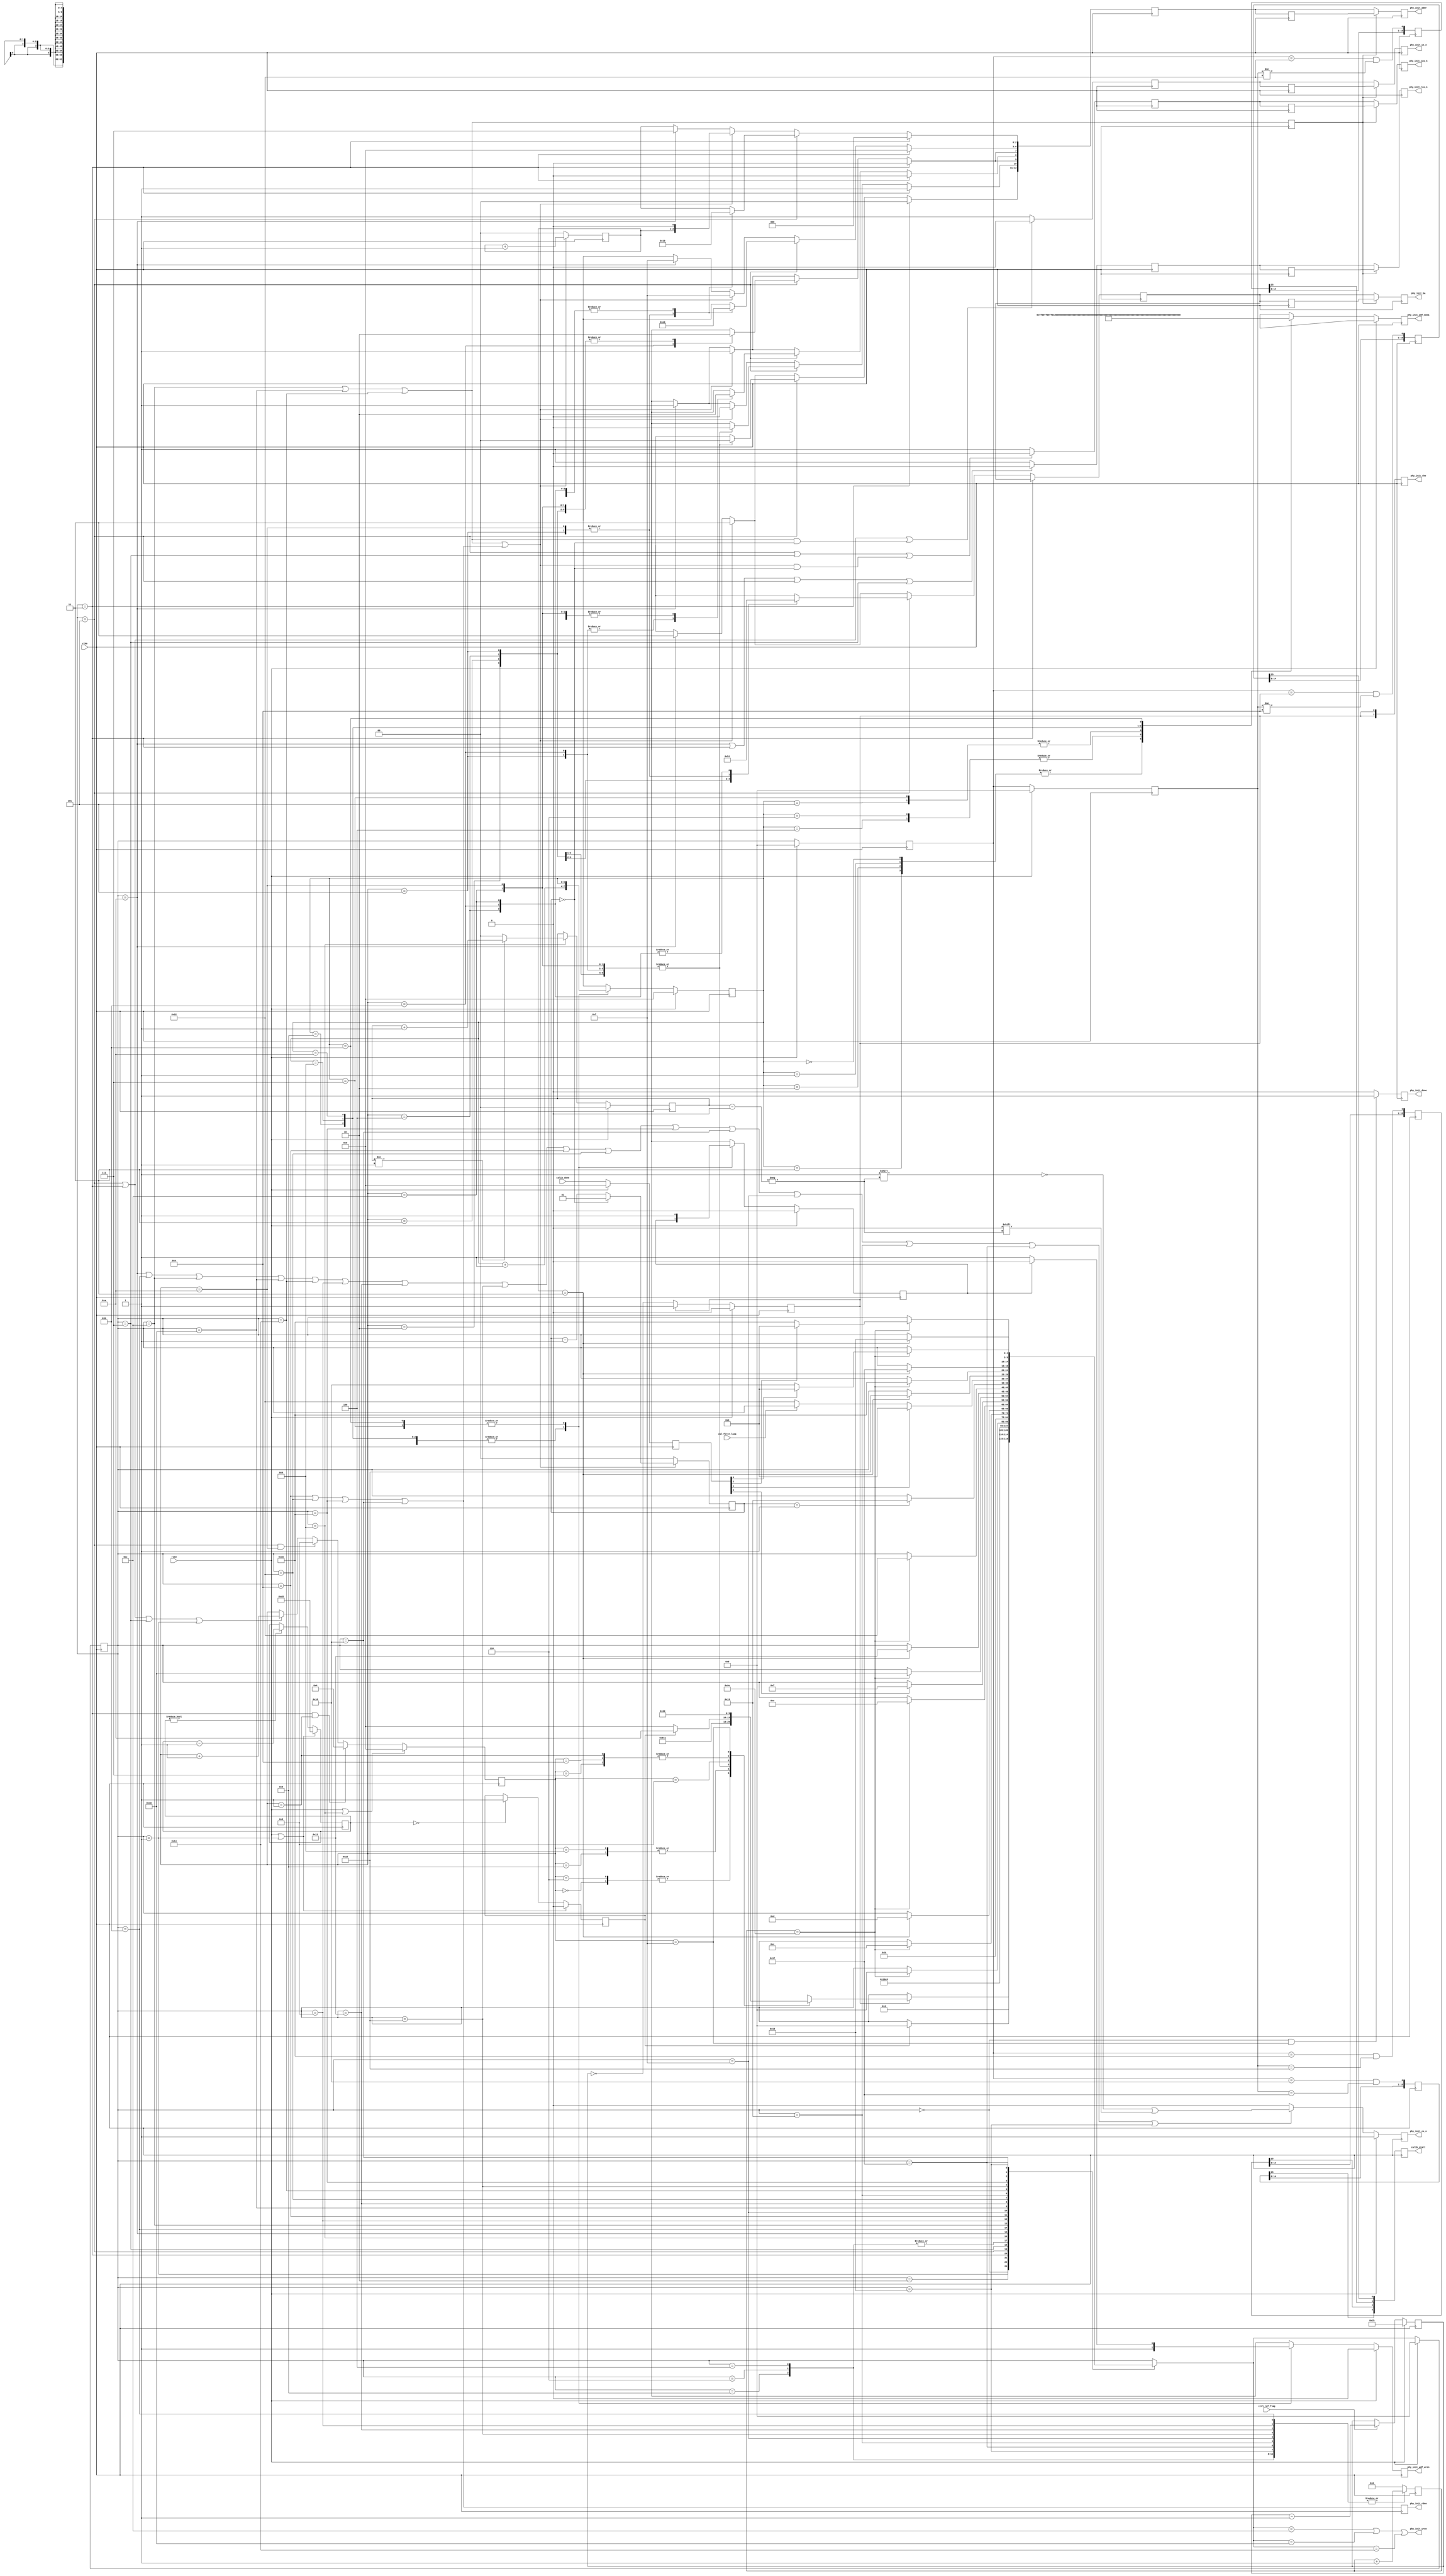
//-----------------------------------------------------------------------------
//-- (c) Copyright 2006 - 2009 Xilinx, Inc. All rights reserved.
//--
//-- This file contains confidential and proprietary information
//-- of Xilinx, Inc. and is protected under U.S. and
//-- international copyright and other intellectual property
//-- laws.
//--
//-- DISCLAIMER
//-- This disclaimer is not a license and does not grant any
//-- rights to the materials distributed herewith. Except as
//-- otherwise provided in a valid license issued to you by
//-- Xilinx, and to the maximum extent permitted by applicable
//-- law: (1) THESE MATERIALS ARE MADE AVAILABLE "AS IS" AND
//-- WITH ALL FAULTS, AND XILINX HEREBY DISCLAIMS ALL WARRANTIES
//-- AND CONDITIONS, EXPRESS, IMPLIED, OR STATUTORY, INCLUDING
//-- BUT NOT LIMITED TO WARRANTIES OF MERCHANTABILITY, NON-
//-- INFRINGEMENT, OR FITNESS FOR ANY PARTICULAR PURPOSE; and
//-- (2) Xilinx shall not be liable (whether in contract or tort,
//-- including negligence, or under any other theory of
//-- liability) for any loss or damage of any kind or nature
//-- related to, arising under or in connection with these
//-- materials, including for any direct, or any indirect,
//-- special, incidental, or consequential loss or damage
//-- (including loss of data, profits, goodwill, or any type of
//-- loss or damage suffered as a result of any action brought
//-- by a third party) even if such damage or loss was
//-- reasonably foreseeable or Xilinx had been advised of the
//-- possibility of the same.
//--
//-- CRITICAL APPLICATIONS
//-- Xilinx products are not designed or intended to be fail-
//-- safe, or for use in any application requiring fail-safe
//-- performance, such as life-support or safety devices or
//-- systems, Class III medical devices, nuclear facilities,
//-- applications related to the deployment of airbags, or any
//-- other applications that could lead to death, personal
//-- injury, or severe property or environmental damage
//-- (individually and collectively, "Critical
//-- Applications"). Customer assumes the sole risk and
//-- liability of any use of Xilinx products in Critical
//-- Applications, subject only to applicable laws and
//-- regulations governing limitations on product liability.
//--
//-- THIS COPYRIGHT NOTICE AND DISCLAIMER MUST BE RETAINED AS
//-- PART OF THIS FILE AT ALL TIMES.
//-----------------------------------------------------------------------------

`timescale 1ns/1ps

(* rom_style = "distributed" *)
module v4_phy_init_ddr1 #
  (
   parameter DQ_WIDTH      = 16,
   parameter DQS_WIDTH     = 2,
   parameter BANK_WIDTH    = 2,
   parameter CKE_WIDTH     = 2,
   parameter COL_WIDTH     = 10,
   parameter CS_NUM        = 1,
   parameter ODT_WIDTH     = 2,
   parameter ROW_WIDTH     = 13,
   parameter ADDITIVE_LAT  = 0,
   parameter BURST_LEN     = 4,
   parameter BURST_TYPE    = 0,
   parameter CAS_LAT       = 5,
   parameter ODT_TYPE      = 1,
   parameter REDUCE_DRV    = 0,   
   parameter REG_ENABLE    = 0,
   parameter ECC_ENABLE    = 0,
   parameter DDR2_ENABLE   = 0,
   parameter DQS_GATE_EN   = 0,
   parameter SIM_ONLY      = 0
   )
  (
   input                                   clk0,
   input                                   rst0,
   input [3:0]                             calib_done,
   input                                   ctrl_ref_flag,
   input                                   cal_first_loop,
   output reg [3:0]                        calib_start,
   output reg                              phy_init_wren,
   output reg                              phy_init_rden,
   output                                  phy_init_wdf_wren,
   output [63:0]                           phy_init_wdf_data,
   output [ROW_WIDTH-1:0]                  phy_init_addr,
   output [BANK_WIDTH-1:0]                 phy_init_ba,
   output                                  phy_init_ras_n,
   output                                  phy_init_cas_n,
   output                                  phy_init_we_n,
   output [CS_NUM-1:0]                     phy_init_cs_n,
   output [CKE_WIDTH-1:0]                  phy_init_cke,
   output reg                              phy_init_done
   );

  // time to wait after initialization-related writes and reads (used as a
  // generic delay - exact number doesn't matter as long as it's large enough)
  localparam  CNTNEXT   =  7'b1101110;  

  localparam  INIT_IDLE                = 5'h00;
  localparam  INIT_CNT_200             = 5'h01;
  localparam  INIT_CNT_200_WAIT        = 5'h02;
  localparam  INIT_PRECHARGE           = 5'h03;
  localparam  INIT_PRECHARGE_WAIT      = 5'h04;
  localparam  INIT_LOAD_MODE           = 5'h05;
  localparam  INIT_MODE_REGISTER_WAIT  = 5'h06;
  localparam  INIT_AUTO_REFRESH        = 5'h07;
  localparam  INIT_AUTO_REFRESH_WAIT   = 5'h08;
  localparam  INIT_DEEP_MEMORY_ST      = 5'h09;
  localparam  INIT_DUMMY_ACTIVE        = 5'h0A;
  localparam  INIT_DUMMY_ACTIVE_WAIT   = 5'h0B;
  localparam  INIT_CAL1_WRITE          = 5'h0C;
  localparam  INIT_CAL1_WRITE_READ     = 5'h0D;
  localparam  INIT_CAL1_READ           = 5'h0E;
  localparam  INIT_CAL1_READ_WAIT      = 5'h0F;
  localparam  INIT_CAL2_WRITE          = 5'h10;
  localparam  INIT_CAL2_WRITE_READ     = 5'h11;
  localparam  INIT_CAL2_READ           = 5'h12;
  localparam  INIT_CAL2_READ_WAIT      = 5'h13;  
  localparam  INIT_CAL3_WRITE          = 5'h14;
  localparam  INIT_CAL3_WRITE_READ     = 5'h15;  
  localparam  INIT_CAL3_READ           = 5'h16;
  localparam  INIT_CAL3_READ_WAIT      = 5'h17;
  localparam  INIT_CAL4_READ           = 5'h18;
  localparam  INIT_CAL4_READ_WAIT      = 5'h19;

  localparam  INIT_CNTR_INIT            = 4'h0;
  localparam  INIT_CNTR_PRECH_1         = 4'h1;
  localparam  INIT_CNTR_EMR2_INIT       = 4'h2;
  localparam  INIT_CNTR_EMR3_INIT       = 4'h3;
  localparam  INIT_CNTR_EMR_EN_DLL      = 4'h4;
  localparam  INIT_CNTR_MR_RST_DLL      = 4'h5;
  localparam  INIT_CNTR_CNT_200_WAIT    = 4'h6;
  localparam  INIT_CNTR_PRECH_2         = 4'h7;
  localparam  INIT_CNTR_AR_1            = 4'h8;
  localparam  INIT_CNTR_AR_2            = 4'h9;
  localparam  INIT_CNTR_MR_ACT_DLL      = 4'hA;
  localparam  INIT_CNTR_EMR_DEF_OCD     = 4'hB;
  localparam  INIT_CNTR_EMR_EXIT_OCD    = 4'hC;
  localparam  INIT_CNTR_DEEP_MEM        = 4'hD;
  localparam  INIT_CNTR_PRECH_3         = 4'hE;
  localparam  INIT_CNTR_DONE            = 4'hF;

  reg [1:0]             burst_addr_r;
  reg [1:0]             burst_addr_r_d1;
  reg [1:0]             burst_cnt_r;
  wire [1:0]            burst_val;
  wire                  cal_read;
  wire                  cal_write;
  wire                  cal_write_early;
  wire                  cal_write_read;
  reg [15:0]            calib_start_shift0_r;             
  reg [15:0]            calib_start_shift1_r;             
  reg [15:0]            calib_start_shift2_r;                          
  reg [15:0]            calib_start_shift3_r;                          
  reg [1:0]             chip_cnt_r;
  reg [4:0]             cke_200us_cnt_r;
  reg [7:0]             cnt_200_cycle_r;
  reg                   cnt_200_cycle_done_r;
  reg [6:0]             cnt6_r;
  reg                   done_200us_r;
  reg [ROW_WIDTH-1:0]   ddr_addr_r;
  reg [ROW_WIDTH-1:0]   ddr_addr_r1;
  reg [ROW_WIDTH-1:0]   ddr_addr_r1a;
  reg [BANK_WIDTH-1:0]  ddr_ba_r;
  reg [BANK_WIDTH-1:0]  ddr_ba_r1;
  reg [BANK_WIDTH-1:0]  ddr_ba_r1a;
  reg                   ddr_cas_n_r;
  reg                   ddr_cas_n_r1;
  reg                   ddr_cas_n_r1a;
  reg [CKE_WIDTH-1:0]   ddr_cke_r;
  reg [CS_NUM-1:0]      ddr_cs_n_r;
  reg                   ddr_ras_n_r;
  reg                   ddr_ras_n_r1;
  reg                   ddr_ras_n_r1a;
  reg                   ddr_we_n_r;
  reg                   ddr_we_n_r1;
  reg                   ddr_we_n_r1a;
  wire [15:0]           ext_mode_reg;
  reg [3:0]             init_cnt_r;
  reg [4:0]             init_next_state;
  reg [4:0]             init_state_r;
  reg [4:0]             init_state_r1;
  reg [4:0]             init_state_r2;
  wire [15:0]           load_mode_reg;
  wire [3:0]            start_cal;

  reg [3:0]             init_wdf_cnt_r;
  reg [63:0]            init_data_r;
  reg                   init_done_r;
  reg                   init_wren_r;
  reg [3:0]             calib_done_r;
  wire                  cal_in_progress;
  
  //***************************************************************************

  //*****************************************************************
  // Mode Register (MR):
  //   [15:14] - unused          - 00
  //   [13]    - reserved        - 0
  //   [12]    - Power-down mode - 0 (normal)
  //   [11:9]  - write recovery  - same value as written to CAS LAT
  //   [8]     - DLL reset       - 0 or 1
  //   [7]     - Test Mode       - 0 (normal)
  //   [6:4]   - CAS latency     - CAS_LAT
  //   [3]     - Burst Type      - BURST_TYPE
  //   [2:0]   - Burst Length    - BURST_LEN
  //*****************************************************************

  generate
    if (DDR2_ENABLE) begin: gen_load_mode_reg_ddr2  
      assign load_mode_reg[2:0]   = (BURST_LEN == 8) ? 3'b011 : 
                                    ((BURST_LEN == 4) ? 3'b010 : 3'b111);
      assign load_mode_reg[3]     = BURST_TYPE;
      assign load_mode_reg[6:4]   = (CAS_LAT == 3) ? 3'b011 : 
                                    ((CAS_LAT == 4) ? 3'b100 :
                                     ((CAS_LAT == 5) ? 3'b101 : 3'b111));
      assign load_mode_reg[7]     = 1'b0;
      assign load_mode_reg[8]     = 1'b0;    // init value only (DLL not reset)
      assign load_mode_reg[11:9]  = load_mode_reg[6:4];
      assign load_mode_reg[15:12] = 4'b000;
    end else begin: gen_load_mode_reg_ddr1
      assign load_mode_reg[2:0]   = (BURST_LEN == 8) ? 3'b011 : 
                                    ((BURST_LEN == 4) ? 3'b010 : 
                                     ((BURST_LEN == 2) ? 3'b001 : 3'b111));
      assign load_mode_reg[3]     = BURST_TYPE;
      assign load_mode_reg[6:4]   = (CAS_LAT == 2) ? 3'b010 : 
                                    ((CAS_LAT == 3) ? 3'b011 :
                                     ((CAS_LAT == 25) ? 3'b110 : 3'b111));
      assign load_mode_reg[12:7]  = 6'b000000; // init value only 
      assign load_mode_reg[15:13]  = 3'b000;
    end
  endgenerate
  
  //*****************************************************************
  // Extended Mode Register (MR):
  //   [15:14] - unused          - 00
  //   [13]    - reserved        - 0
  //   [12]    - output enable   - 0 (enabled)
  //   [11]    - RDQS enable     - 0 (disabled)
  //   [10]    - DQS# enable     - 0 (enabled)
  //   [9:7]   - OCD Program     - 111 or 000 (first 111, then 000 during init)
  //   [6]     - RTT[1]          - RTT[1:0] = 0(no ODT), 1(75), 2(150), 3(50)
  //   [5:3]   - Additive CAS    - ADDITIVE_CAS
  //   [2]     - RTT[0]
  //   [1]     - Output drive    - REDUCE_DRV (= 0(full), = 1 (reduced)
  //   [0]     - DLL enable      - 0 (normal)
  //*****************************************************************

  generate
    if (DDR2_ENABLE) begin: gen_ext_mode_reg_ddr2  
      assign ext_mode_reg[0]     = 1'b0;
      assign ext_mode_reg[1]     = REDUCE_DRV;
      assign ext_mode_reg[2]     = ((ODT_TYPE == 1) || (ODT_TYPE == 3)) ? 
                                   1'b1 : 1'b0;
      assign ext_mode_reg[5:3]   = (ADDITIVE_LAT == 0) ? 3'b000 : 
                                   ((ADDITIVE_LAT == 1) ? 3'b001 :
                                    ((ADDITIVE_LAT == 2) ? 3'b010 : 
                                     ((ADDITIVE_LAT == 3) ? 3'b011 :
                                      ((ADDITIVE_LAT == 4) ? 3'b100 : 
                                      3'b111))));
      assign ext_mode_reg[6]     = ((ODT_TYPE == 2) || (ODT_TYPE == 3)) ? 
                                   1'b1 : 1'b0;
      assign ext_mode_reg[9:7]   = 3'b000;
      assign ext_mode_reg[10]    = 1'b0;
      assign ext_mode_reg[15:11] = 5'b00000;
    end else begin: gen_ext_mode_reg_ddr1
      assign ext_mode_reg[0]     = 1'b0;
      assign ext_mode_reg[1]     = REDUCE_DRV;
      assign ext_mode_reg[12:2]  = 11'b00000000000;
      assign ext_mode_reg[15:13] = 3'b000;
    end
  endgenerate
  
  //***************************************************************************

  // generate pulse for each of calibration start controls
  assign start_cal[0] = ((init_state_r1 == INIT_CAL1_READ) &&
                         (init_state_r2 != INIT_CAL1_READ));
  assign start_cal[1] = ((init_state_r1 == INIT_CAL2_READ) &&
                         (init_state_r2 != INIT_CAL2_READ));
  assign start_cal[2] = ((init_state_r1 == INIT_CAL3_READ) &&
                         (init_state_r2 == INIT_CAL3_WRITE_READ));
  assign start_cal[3] = ((init_state_r1 == INIT_CAL4_READ) &&
                         (init_state_r2 == INIT_CAL3_READ_WAIT));

  // Delay start of each calibration by 16 clock cycles to
  // ensure that when calibration logic begins, that read data is already
  // appearing on the bus. Don't really need it, it's more for simulation
  // purposes. Each circuit should synthesize using an SRL16. 
  always @(posedge clk0) begin
    calib_start_shift0_r <= {calib_start_shift0_r[14:0], start_cal[0]};
    calib_start_shift1_r <= {calib_start_shift1_r[14:0], start_cal[1]};
    calib_start_shift2_r <= {calib_start_shift2_r[14:0], start_cal[2]};
    calib_start_shift3_r <= {calib_start_shift3_r[14:0], start_cal[3]};
    calib_start[0]       <= calib_start_shift0_r[15];
    calib_start[1]       <= calib_start_shift1_r[15];
    calib_start[2]       <= calib_start_shift2_r[15];
    calib_start[3]       <= calib_start_shift3_r[15];
  end

  // generate delay for various states that require it (no maximum delay
  // requirement, make sure that terminal count is large enough to cover
  // all cases)
  always @(posedge clk0) begin
    case (init_state_r)
      INIT_PRECHARGE_WAIT, 
      INIT_MODE_REGISTER_WAIT, 
      INIT_AUTO_REFRESH_WAIT, 
      INIT_DUMMY_ACTIVE_WAIT, 
      INIT_CAL1_WRITE_READ,
      INIT_CAL1_READ_WAIT, 
      INIT_CAL2_WRITE_READ, 
      INIT_CAL2_READ_WAIT,
      INIT_CAL3_WRITE_READ,
      INIT_CAL3_READ_WAIT,
      INIT_CAL4_READ_WAIT:
        cnt6_r <= cnt6_r + 1;
      default:
        cnt6_r <= 7'b000000;
    endcase
  end

  //***************************************************************************
  // Initial delay after power-on
  //***************************************************************************
    
  // 200us counter for cke
  always @(posedge clk0)
    if (rst0) begin
      // skip power-up count if only simulating
      if (SIM_ONLY)
        cke_200us_cnt_r <= 5'b00001;
      else 
        cke_200us_cnt_r <= 5'b11011;
    end else if (ctrl_ref_flag)
      cke_200us_cnt_r <= cke_200us_cnt_r - 1;

  // refresh detect in 266 MHz clock
  always @(posedge clk0)
    if (rst0)
      done_200us_r <= 1'b0;
    else if (!done_200us_r)
      done_200us_r <= (cke_200us_cnt_r == 5'b00000);

  // 200 clocks counter - count value : C8 required for initialization
  always @(posedge clk0)
    if (rst0 || (init_state_r == INIT_CNT_200))
      cnt_200_cycle_r <= 8'hC8;
    else if (cnt_200_cycle_r != 8'h00)
      cnt_200_cycle_r <= cnt_200_cycle_r - 1;

  always @(posedge clk0)
    if (rst0 || (init_state_r == INIT_CNT_200))
      cnt_200_cycle_done_r <= 1'b0;
    else if (cnt_200_cycle_r == 8'h00)
      cnt_200_cycle_done_r <= 1'b1;

  //*****************************************************************
  // handle deep memory configuration:
  //   During initialization: Repeat initialization sequence once for each
  //   chip select. Note that we could perform initalization for all chip
  //   selects simulataneously. Probably fine - any potential SI issues with
  //   auto refreshing all chip selects at once?
  //   Once initialization complete, assert only CS[0] for calibration. 
  //*****************************************************************

  always @(posedge clk0)
    if (rst0) begin
      chip_cnt_r <= 2'b00;
    end else if (init_state_r == INIT_DEEP_MEMORY_ST) begin
      if (chip_cnt_r != CS_NUM)
        chip_cnt_r <= chip_cnt_r + 1;
      else
        chip_cnt_r <= 2'b00;
    end      
      
  always @(posedge clk0)
    if (rst0)
      ddr_cs_n_r <= {CS_NUM{1'b1}};
    else begin
       if (cal_in_progress == 1'b1) begin
          ddr_cs_n_r <= {CS_NUM{1'b1}};
          ddr_cs_n_r[chip_cnt_r] <= 1'b0;
       end
       else begin
         ddr_cs_n_r <= {CS_NUM{1'b0}};
       end
    end
  
  //***************************************************************************
  // Write/read burst logic
  //***************************************************************************

  assign cal_in_progress = ((init_state_r == INIT_DUMMY_ACTIVE) ||
                            (init_state_r == INIT_DUMMY_ACTIVE_WAIT) ||
                            (init_state_r == INIT_CAL1_WRITE) ||
                            (init_state_r == INIT_CAL2_WRITE) ||
                            (init_state_r == INIT_CAL3_WRITE) ||
                            (init_state_r == INIT_CAL1_WRITE_READ) ||
                            (init_state_r == INIT_CAL2_WRITE_READ) ||
                            (init_state_r == INIT_CAL3_WRITE_READ) ||
                            (init_state_r == INIT_CAL1_READ) ||
                            (init_state_r == INIT_CAL2_READ) ||
                            (init_state_r == INIT_CAL3_READ) ||
                            (init_state_r == INIT_CAL4_READ) ||
                            (init_state_r == INIT_CAL1_READ_WAIT) ||
                            (init_state_r == INIT_CAL2_READ_WAIT) ||
                            (init_state_r == INIT_CAL3_READ_WAIT) ||
                            (init_state_r == INIT_CAL4_READ_WAIT));

  assign cal_write_early = ((init_next_state == INIT_CAL1_WRITE) ||
                            (init_next_state == INIT_CAL2_WRITE) ||
                            (init_next_state == INIT_CAL3_WRITE));
  assign cal_write = ((init_state_r == INIT_CAL1_WRITE) ||
                      (init_state_r == INIT_CAL2_WRITE) ||
                      (init_state_r == INIT_CAL3_WRITE));
  assign cal_read = ((init_state_r == INIT_CAL1_READ) ||
                     (init_state_r == INIT_CAL2_READ) ||
                     (init_state_r == INIT_CAL3_READ) ||
                     (init_state_r == INIT_CAL4_READ));
  assign cal_write_read = cal_write | cal_read;

  assign burst_val = (BURST_LEN == 4) ? 2'b01 :
                     (BURST_LEN == 8) ? 2'b11 : 2'b00;
  
  // keep track of current address - need this if burst length < 8 for
  // stage 2-4 calibration writes and reads. Make sure value always gets
  // initialized to 0 before we enter write/read state. This is used to
  // keep track of when another burst must be issued
  always @(posedge clk0)
    if (cal_write_read)
      burst_addr_r <= burst_addr_r + 1;
    else
      burst_addr_r <= 3'b000;
  always @(posedge clk0)
      burst_addr_r_d1 <= burst_addr_r;

  // write/read burst count 
  always @(posedge clk0)
    if (cal_write_read)
      if (burst_cnt_r == 2'b00)
        burst_cnt_r <= burst_val;
      else
        burst_cnt_r <= burst_cnt_r - 1;
    else
      burst_cnt_r <= 2'b00;

  // indicate when a write is occurring
  generate 
    if (REG_ENABLE == 1) begin : gen_phy_init_wren_reg
      always @(posedge clk0)
        phy_init_wren <= cal_write_early;
    end
    else begin : gen_phy_init_wren_noreg
      always @(*)
        phy_init_wren <= cal_write_early;
    end
  endgenerate
   
  // used for read enable calibration, pulse to indicate when read issued
  always @(posedge clk0)
    phy_init_rden <= cal_read;

  //***************************************************************************
  // State logic to write calibration training patterns to write data FIFO
  //***************************************************************************
  
  always @(posedge clk0) begin
    if (rst0) begin
      init_wdf_cnt_r  <= 4'd0;
      init_wren_r <= 1'b0;
      init_done_r <= 1'b0;
      init_data_r <= {64{1'bx}};
    end else begin
      init_wdf_cnt_r  <= init_wdf_cnt_r + 1;
      init_wren_r <= 1'b1;
      case (init_wdf_cnt_r)
        // First stage calibration. Pattern (rise/fall) = 1(r)->0(f)
        // The rise data and fall data are already interleaved in the manner 
        // required for data into the WDF write FIFO 
        4'h0, 4'h1, 4'h2, 4'h3:
          init_data_r <= {4{{8{1'b0}},{8{1'b1}}}};
        // Second stage calibration. Pattern = A(r)->5(f)->5(r)->A(f)
        4'h4: init_data_r <= {4{{2{4'h5}},{2{4'hA}}}};
        4'h5: init_data_r <= {4{{2{4'hA}},{2{4'h5}}}};
        4'h6: init_data_r <= {4{{2{4'h5}},{2{4'hA}}}};
        4'h7: begin
          init_data_r <= {4{{2{4'hA}},{2{4'h5}}}};
          init_done_r <= 1'b1;
          init_wdf_cnt_r  <= init_wdf_cnt_r;
          if (init_done_r) 
            init_wren_r <= 1'b0;
          else
            init_wren_r <= 1'b1;
        end
        // Third stage calibration. Pattern = FF->FF->AA->AA->55->55->00->00
        // Also make sure that last word is all zeros (because init_data_r is
        // OR'ed with app_wdf_data. 
        4'h8: init_data_r <= {64{1'b1}};
        4'h9: init_data_r <= {32{2'b10}};
        4'hA: init_data_r <= {32{2'b01}};
        // finished, stay in this state, and deassert WREN
        4'hB: begin
          init_data_r <= {64{1'b0}};
          init_done_r <= 1'b1;
          init_wdf_cnt_r  <= init_wdf_cnt_r;
          if (init_done_r) 
            init_wren_r <= 1'b0;
          else
            init_wren_r <= 1'b1;
        end
        default: begin
          init_data_r <= {64{1'bx}};
          init_wren_r <= 1'bx;
          init_done_r <= 1'bx;
          init_wdf_cnt_r  <= 4'bxxxx;
        end
      endcase
    end
  end

  //***************************************************************************
  
  //***************************************************************************
  // Initialization state machine
  //***************************************************************************

  always @(posedge clk0)
    // every time we need to initialize another rank of memory, need to
    // reset init count, and repeat the entire initialization (but not
    // calibration) sequence
    if (rst0 || (init_state_r == INIT_DEEP_MEMORY_ST))
      init_cnt_r <= INIT_CNTR_INIT;
    else if (!DDR2_ENABLE && (init_state_r == INIT_PRECHARGE) && 
             (init_cnt_r == INIT_CNTR_PRECH_1))
      // skip EMR(2) and EMR(3) register loads
      init_cnt_r <= INIT_CNTR_EMR_EN_DLL;
    else if (!DDR2_ENABLE && (init_state_r == INIT_LOAD_MODE) &&
             (init_cnt_r == INIT_CNTR_MR_ACT_DLL))
      // skip OCD calibration for DDR1
      init_cnt_r <= INIT_CNTR_DEEP_MEM;
    else if ((init_state_r == INIT_LOAD_MODE) || 
             (init_state_r == INIT_PRECHARGE) || 
             (init_state_r == INIT_AUTO_REFRESH) ||
             (init_state_r == INIT_CNT_200)) 
      init_cnt_r <= init_cnt_r + 1;
  
  always @(posedge clk0)
    if ((init_state_r == INIT_IDLE) && (init_cnt_r == INIT_CNTR_DONE))
      phy_init_done <= 1'b1;
    else
      phy_init_done <= 1'b0;

  // synthesis translate_off
  always @(posedge phy_init_done)
    $display ("Calibration completed");
  // synthesis translate_on
  
  //*****************************************************************

  always @(posedge clk0)
    if (rst0) begin
      init_state_r  <= INIT_IDLE;
      init_state_r1 <= INIT_IDLE;
      init_state_r2 <= INIT_IDLE;
      calib_done_r  <= 4'b0000;
    end else begin
      init_state_r  <= init_next_state;
      init_state_r1 <= init_state_r;
      init_state_r2 <= init_state_r1;
      calib_done_r  <= calib_done; // register for timing
    end

  always @(*) begin     
    init_next_state = init_state_r;
    case (init_state_r)
      INIT_IDLE: begin
        if (done_200us_r) begin
          case (init_cnt_r) // synthesis parallel_case full_case
            INIT_CNTR_INIT: 
              init_next_state = INIT_CNT_200;
            INIT_CNTR_PRECH_1: 
              init_next_state = INIT_PRECHARGE;
            INIT_CNTR_EMR2_INIT: 
              init_next_state = INIT_LOAD_MODE; // EMR(2)
            INIT_CNTR_EMR3_INIT: 
              init_next_state = INIT_LOAD_MODE; // EMR(3);
            INIT_CNTR_EMR_EN_DLL: 
              init_next_state = INIT_LOAD_MODE; // EMR, enable DLL
            INIT_CNTR_MR_RST_DLL:
              init_next_state = INIT_LOAD_MODE; // MR, reset DLL
            INIT_CNTR_CNT_200_WAIT:
              init_next_state = INIT_CNT_200;   // Wait 200cc after reset DLL
            INIT_CNTR_PRECH_2:
              init_next_state = INIT_PRECHARGE;
            INIT_CNTR_AR_1: 
              init_next_state = INIT_AUTO_REFRESH;
            INIT_CNTR_AR_2: 
              init_next_state = INIT_AUTO_REFRESH;
            INIT_CNTR_MR_ACT_DLL: 
              init_next_state = INIT_LOAD_MODE; // MR, unreset DLL
            INIT_CNTR_EMR_DEF_OCD: 
              init_next_state = INIT_LOAD_MODE; // EMR, OCD default
            INIT_CNTR_EMR_EXIT_OCD: 
              init_next_state = INIT_LOAD_MODE; // EMR, enable OCD exit
            INIT_CNTR_DEEP_MEM: begin
              // Deep memory state/support disabled 
              //  if ((chip_cnt_r < CS_NUM-1)) 
              //  init_next_state = INIT_DEEP_MEMORY_ST;
              //else 
              if (cnt_200_cycle_done_r)
                init_next_state = INIT_DUMMY_ACTIVE; 
              else
                init_next_state = INIT_IDLE;
            end
            INIT_CNTR_PRECH_3: 
              init_next_state = INIT_PRECHARGE;
            INIT_CNTR_DONE:
              init_next_state = INIT_IDLE;        
            default : 
              init_next_state = INIT_IDLE;
          endcase
        end
      end
      INIT_CNT_200: 
        init_next_state = INIT_CNT_200_WAIT;
      INIT_CNT_200_WAIT: 
        if (cnt_200_cycle_done_r) 
          init_next_state = INIT_IDLE;
      INIT_PRECHARGE: 
        init_next_state = INIT_PRECHARGE_WAIT;
      INIT_PRECHARGE_WAIT: 
        if (cnt6_r == CNTNEXT) 
          init_next_state = INIT_IDLE;
      INIT_LOAD_MODE: 
        init_next_state = INIT_MODE_REGISTER_WAIT;
      INIT_MODE_REGISTER_WAIT: 
        if (cnt6_r == CNTNEXT) 
          init_next_state = INIT_IDLE;
      INIT_AUTO_REFRESH: 
        init_next_state = INIT_AUTO_REFRESH_WAIT;
      INIT_AUTO_REFRESH_WAIT: 
        if (cnt6_r == CNTNEXT) 
          init_next_state = INIT_IDLE;
      INIT_DEEP_MEMORY_ST: 
        init_next_state = INIT_IDLE;
      // single row activate. All subsequent calibration writes and read will 
      // take place in this row      
      INIT_DUMMY_ACTIVE: 
        init_next_state = INIT_DUMMY_ACTIVE_WAIT;
      INIT_DUMMY_ACTIVE_WAIT: 
        if (cnt6_r == CNTNEXT) 
          init_next_state = INIT_CAL1_WRITE;
      // Stage 1 calibration (write and continuous read)
      INIT_CAL1_WRITE:
        if (burst_addr_r == 2'b11)
          init_next_state = INIT_CAL1_WRITE_READ;
      INIT_CAL1_WRITE_READ: 
        if (cnt6_r == CNTNEXT) 
          init_next_state = INIT_CAL1_READ;
      INIT_CAL1_READ:
        if (calib_done_r[0])
          init_next_state = INIT_CAL1_READ_WAIT;
      INIT_CAL1_READ_WAIT:
        if (cnt6_r == CNTNEXT)
          init_next_state = INIT_CAL2_WRITE;
      // Stage 2 calibration (write and continuous read)
      INIT_CAL2_WRITE:
        if (burst_addr_r == 2'b11)
          init_next_state = INIT_CAL2_WRITE_READ;
      INIT_CAL2_WRITE_READ: 
        if (cnt6_r == CNTNEXT) 
          init_next_state = INIT_CAL2_READ;
      INIT_CAL2_READ: 
	if (burst_cnt_r == 2'b01)
          init_next_state = INIT_CAL2_READ_WAIT;
      INIT_CAL2_READ_WAIT:
        if (calib_done_r[1])
          init_next_state = INIT_PRECHARGE;
        // Controller issues a second pattern calibration read
        // if the first one does not result in a successful calibration
        else if (!cal_first_loop)
          init_next_state = INIT_CAL2_READ;
      // Stage 3 calibration (write and continuous read)      
      INIT_CAL3_WRITE:
        if (burst_addr_r == 2'b11)
          init_next_state = INIT_CAL3_WRITE_READ;
      INIT_CAL3_WRITE_READ: 
        if (cnt6_r == CNTNEXT) 
          init_next_state = INIT_CAL3_READ;
      INIT_CAL3_READ: 
        if (burst_addr_r == 2'b11)
          init_next_state = INIT_CAL3_READ_WAIT;
      INIT_CAL3_READ_WAIT: begin
        if (cnt6_r == CNTNEXT)
          if (calib_done_r[2]) begin
            if (DQS_GATE_EN)
              init_next_state = INIT_CAL4_READ;
            else
              init_next_state = INIT_PRECHARGE;   
          end else
            init_next_state = INIT_CAL3_READ;
      end
      // Stage 4 calibration (continuous read only, same pattern as stage 3)
      // only used if DQS_GATE supported
      INIT_CAL4_READ: 
        if (burst_addr_r == 2'b11)
          init_next_state = INIT_CAL4_READ_WAIT;
      INIT_CAL4_READ_WAIT: begin
        if (cnt6_r == CNTNEXT)
          if (calib_done_r[3])
            init_next_state = INIT_PRECHARGE;
          else
            init_next_state = INIT_CAL4_READ;
      end                 
    endcase
  end

  //***************************************************************************
  // Memory control/address
  //***************************************************************************
  
   generate
      if (ECC_ENABLE == 0)
        begin : gen_ddr_ctrl_noecc
           always @(posedge clk0)
             if ((init_state_r == INIT_DUMMY_ACTIVE) ||
                 (init_state_r == INIT_PRECHARGE) ||
                 (init_state_r == INIT_LOAD_MODE) ||
                 (init_state_r == INIT_AUTO_REFRESH))
               ddr_ras_n_r <= 1'b0;
             else
               ddr_ras_n_r <= 1'b1;
   
           always @(posedge clk0)
             if ((init_state_r == INIT_LOAD_MODE) || 
                 (init_state_r == INIT_AUTO_REFRESH) ||
                 (cal_write_read && (burst_cnt_r == 2'b00)))
               ddr_cas_n_r <= 1'b0;
             else
               ddr_cas_n_r <= 1'b1;

           always @(posedge clk0)
             if ((init_state_r == INIT_LOAD_MODE) || 
                 (init_state_r == INIT_PRECHARGE) ||
                 (cal_write && (burst_cnt_r == 2'b00)))
               ddr_we_n_r <= 1'b0;
             else 
               ddr_we_n_r <= 1'b1;
        end
      else
        begin : gen_ddr_ctrl_ecc
           always @(posedge clk0)
             if ((init_state_r == INIT_DUMMY_ACTIVE) ||
                 (init_state_r == INIT_PRECHARGE) ||
                 (init_state_r == INIT_LOAD_MODE) ||
                 (init_state_r == INIT_AUTO_REFRESH))
               ddr_ras_n_r <= 1'b0;
             else
               ddr_ras_n_r <= 1'b1;
   
           always @(posedge clk0)
             if ((init_state_r == INIT_LOAD_MODE) || 
                 (init_state_r == INIT_AUTO_REFRESH) ||
                 (cal_write_read && (burst_cnt_r == 2'b01)))
               ddr_cas_n_r <= 1'b0;
             else
               ddr_cas_n_r <= 1'b1;

           always @(posedge clk0)
             if ((init_state_r == INIT_LOAD_MODE) || 
                 (init_state_r == INIT_PRECHARGE) ||
                 (cal_write && (burst_cnt_r == 2'b01)))
               ddr_we_n_r <= 1'b0;
             else 
               ddr_we_n_r <= 1'b1;
        end
   endgenerate
   
  //*****************************************************************
  // memory address during init
  //*****************************************************************

  always @(posedge clk0) begin
    if (init_state_r == INIT_PRECHARGE) begin
      // Precharge all - set A10 = 1
      ddr_addr_r <= {ROW_WIDTH{1'b0}};
      ddr_addr_r[10] <= 1'b1;             
    end else if (init_state_r == INIT_LOAD_MODE) begin
      ddr_ba_r <= {BANK_WIDTH{1'b0}};
      ddr_addr_r <= {ROW_WIDTH{1'b0}};
      case (init_cnt_r)
        // EMR (2)
        INIT_CNTR_EMR2_INIT: begin
          ddr_ba_r[1:0] <= 2'b10;
          ddr_addr_r    <= {ROW_WIDTH{1'b0}};
        end
        // EMR (3)
        INIT_CNTR_EMR3_INIT: begin
          ddr_ba_r[1:0] <= 2'b11;
          ddr_addr_r    <= {ROW_WIDTH{1'b0}};
        end
        // EMR write - A0 = 0 for DLL enable
        INIT_CNTR_EMR_EN_DLL: begin
          ddr_ba_r[1:0] <= 2'b01;
          ddr_addr_r <= ext_mode_reg[ROW_WIDTH-1:0];
        end
        // MR write, reset DLL (A8=1)
        INIT_CNTR_MR_RST_DLL: begin
          ddr_ba_r[1:0] <= 2'b00;
          ddr_addr_r <= load_mode_reg[ROW_WIDTH-1:0];
          ddr_addr_r[8] <= 1'b1;
        end        
        // MR write, unreset DLL (A8=0)
        INIT_CNTR_MR_ACT_DLL: begin
          ddr_ba_r[1:0] <= 2'b00;
          ddr_addr_r <= load_mode_reg[ROW_WIDTH-1:0];
        end
        // EMR write, OCD default state
        INIT_CNTR_EMR_DEF_OCD: begin
          ddr_ba_r[1:0] <= 2'b01;
          ddr_addr_r <= ext_mode_reg[ROW_WIDTH-1:0];
          ddr_addr_r[9:7] <= 3'b111;
        end    
        // EMR write - OCD exit
        INIT_CNTR_EMR_EXIT_OCD: begin
          ddr_ba_r[1:0] <= 2'b01;
          ddr_addr_r <= ext_mode_reg[ROW_WIDTH-1:0];
        end
        default: begin
          ddr_ba_r <= {BANK_WIDTH{1'bx}};
          ddr_addr_r <= {ROW_WIDTH{1'bx}};
        end
      endcase
    end else if (cal_write_read) begin
      // when writing or reading for Stages 2-4, since training pattern is
      // either 4 (stage 2) or 8 (stage 3-4) long, if BURST LEN < 8, then
      // need to issue multiple bursts to read entire training pattern
      if (ECC_ENABLE == 0) begin
         //ddr_addr_r[ROW_WIDTH-1:3] <= {ROW_WIDTH-3{1'b0}};
         //ddr_addr_r[2:0]           <= {burst_addr_r, 1'b0};
         //ddr_ba_r                  <= {BANK_WIDTH{1'b0}};
         // Calibrate top of memory
         ddr_addr_r[ROW_WIDTH-1:3] <= {ROW_WIDTH-3{1'b1}};
         ddr_addr_r[2:0]           <= {burst_addr_r, 1'b0};
         ddr_ba_r                  <= {BANK_WIDTH{1'b1}};
         ddr_addr_r[10] <= 1'b0;             
      end
      else begin
         //ddr_addr_r[ROW_WIDTH-1:3] <= {ROW_WIDTH-3{1'b0}};
         //ddr_addr_r[2:0]           <= {burst_addr_r_d1, 1'b0};
         //ddr_ba_r                  <= {BANK_WIDTH{1'b0}};
         // Calibrate top of memory
         ddr_addr_r[ROW_WIDTH-1:3] <= {ROW_WIDTH-3{1'b1}};
         ddr_addr_r[2:0]           <= {burst_addr_r_d1, 1'b0};
         ddr_ba_r                  <= {BANK_WIDTH{1'b1}};
         ddr_addr_r[10] <= 1'b0;             
      end
    end else if (init_state_r == INIT_DUMMY_ACTIVE) begin
      // all calibration writing read takes place in row 0x0 only
      //ddr_ba_r   <= {BANK_WIDTH{1'b0}};
      //ddr_addr_r <= {ROW_WIDTH{1'b0}};      
      // Calibrate top of memory
      ddr_ba_r <= {BANK_WIDTH{1'b1}};
      ddr_addr_r <= {ROW_WIDTH{1'b1}};       
    end else begin
      // otherwise, cry me a river
      ddr_ba_r   <= {BANK_WIDTH{1'bx}};
      ddr_addr_r <= {ROW_WIDTH{1'bx}};
    end
  end
    
  // Keep CKE asserted after initial power-on delay
  always @(posedge clk0)
    ddr_cke_r <= {CKE_WIDTH{done_200us_r}};

  // register commands to memory. Two clock cycle delay from state -> output
   generate
      if (ECC_ENABLE == 0) begin : gen_ctrl_out
         reg cal_write_d1;
         always @(posedge clk0) begin
            cal_write_d1  <= cal_write;
            ddr_addr_r1a  <= ddr_addr_r;
            ddr_ba_r1a    <= ddr_ba_r;
            ddr_cas_n_r1a <= ddr_cas_n_r;
            ddr_ras_n_r1a <= ddr_ras_n_r;
            ddr_we_n_r1a  <= ddr_we_n_r;
            ddr_addr_r1   <= cal_write_d1 ? ddr_addr_r1a  : ddr_addr_r;
            ddr_ba_r1     <= cal_write_d1 ? ddr_ba_r1a    : ddr_ba_r;
            ddr_cas_n_r1  <= cal_write_d1 ? ddr_cas_n_r1a : ddr_cas_n_r;
            ddr_ras_n_r1  <= cal_write_d1 ? ddr_ras_n_r1a : ddr_ras_n_r;
            ddr_we_n_r1   <= cal_write_d1 ? ddr_we_n_r1a  : ddr_we_n_r;
         end
      end
      else begin : gen_ctrl_out_ecc
         reg cal_write_d1;
         reg cal_write_d2;
         always @(posedge clk0) begin
            cal_write_d1  <= cal_write;
            cal_write_d2  <= cal_write_d1;
            ddr_addr_r1a  <= ddr_addr_r;
            ddr_ba_r1a    <= ddr_ba_r;
            ddr_cas_n_r1a <= ddr_cas_n_r;
            ddr_ras_n_r1a <= ddr_ras_n_r;
            ddr_we_n_r1a  <= ddr_we_n_r;
            ddr_addr_r1   <= cal_write_d2 ? ddr_addr_r1a  : ddr_addr_r;
            ddr_ba_r1     <= cal_write_d2 ? ddr_ba_r1a    : ddr_ba_r;
            ddr_cas_n_r1  <= cal_write_d2 ? ddr_cas_n_r1a : ddr_cas_n_r;
            ddr_ras_n_r1  <= cal_write_d2 ? ddr_ras_n_r1a : ddr_ras_n_r;
            ddr_we_n_r1   <= cal_write_d2 ? ddr_we_n_r1a  : ddr_we_n_r;
         end
      end
   endgenerate
  
  assign phy_init_addr      = ddr_addr_r1;
  assign phy_init_ba        = ddr_ba_r1;
  assign phy_init_cas_n     = ddr_cas_n_r1;
  assign phy_init_cke       = ddr_cke_r;
  assign phy_init_cs_n      = ddr_cs_n_r;
  assign phy_init_ras_n     = ddr_ras_n_r1;
  assign phy_init_we_n      = ddr_we_n_r1;
  assign phy_init_wdf_wren  = init_wren_r;
  assign phy_init_wdf_data  = init_data_r;
 

endmodule